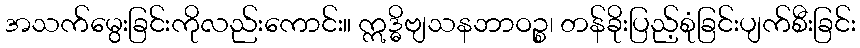
အသက်မွေးခြင်းကိုလည်းကောင်း။ ဣဒ္ဓိဗျသနဘာဝဉ္စ၊ တန်ခိုးပြည့်စုံခြင်းပျက်စီးခြင်း